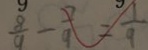
\frac { 8 } { 9 } - \frac { 7 } { 9 } = \frac { 1 } { 9 }